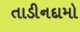
તાડીનદામો